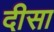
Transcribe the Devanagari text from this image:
दीसा